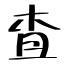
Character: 査